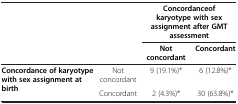
<table><thead><tr><td rowspan="2" colspan="2"><b> </b></td><td colspan="2"><b>Concordanceof karyotype with sex assignment after GMT assessment</b></td></tr><tr><td><b>Not concordant</b></td><td><b>Concordant</b></td></tr></thead><tbody><tr><td><b>Concordance of karyotype with sex assignment at birth</b></td><td>Not concordant</td><td>9 (19.1%)*</td><td>6 (12.8%)*</td></tr><tr><td> </td><td>Concordant</td><td>2 (4.3%)*</td><td>30 (63.8%)*</td></tr></tbody></table>